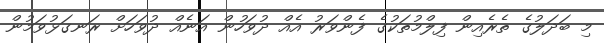
މި ބަދަލުގެ ތެރެއިން ފިލްމުތަކުގެ ފެންވަރު އެއް ދުވަހުން އަނެއް ދުވަހަށް ރަނގަޅުވަމުން